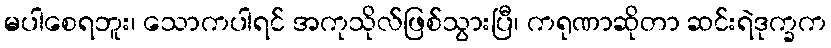
မပါစေရဘူး၊ သောကပါရင် အကုသိုလ်ဖြစ်သွားပြီ၊ ကရုဏာဆိုတာ ဆင်းရဲဒုက္ခက